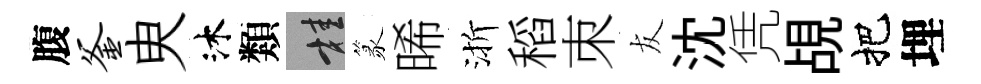
腹釜㬰沐類桂篆晞渐稻朿友沈凭覘把埋